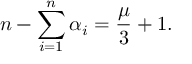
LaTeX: n - \sum _ { i = 1 } ^ { n } \alpha _ { i } = \frac { \mu } { 3 } + 1 .